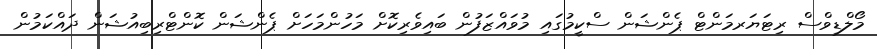
މޯލްޑިވްސް ރިޓަޔަރމަންޓް ޕެންޝަން ސްކީމުގައި މުވައްޒަފުން ބައިވެރިކޮށް މަހުންމަހަށް ޕެންޝަން ކޮންޓްރިބިއުޝަން ދައްކަމުން